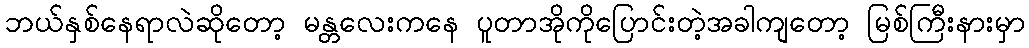
ဘယ်နှစ်နေရာလဲဆိုတော့ မန္တလေးကနေ ပူတာအိုကိုပြောင်းတဲ့အခါကျတော့ မြစ်ကြီးနားမှာ